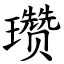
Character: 瓒